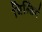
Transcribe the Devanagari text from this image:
बिल्डिगं